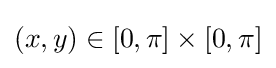
(x,y)\in [0,\pi ]\times [0,\pi ]